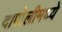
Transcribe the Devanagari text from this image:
दापोलीमध्ये